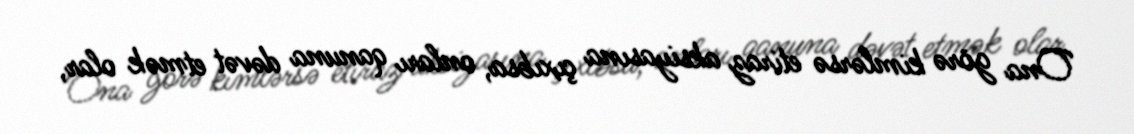
Ona görə kimlərsə etiraz aksiyasına çıxıbsa, onları qanuna dəvət etmək olar,